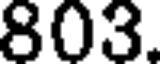
803.